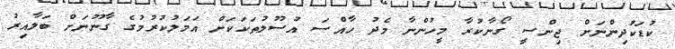
ކުޑަކުދިންނަށް ޖިންސީ ގޯނާކުރާ މީހުންނާ މެދު ހާއްސަ އުސޫލުތަކަކަށް އަމަލުކުރުމުގެ ގާނޫނަށް ބަލާއިރު